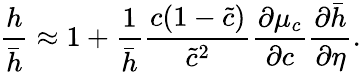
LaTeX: \frac{h}{\bar{h}}\approx 1+\frac{1}{\bar{h}}\frac{c(1-\tilde{c})}{\tilde{c}^{2}}\frac{\partial\mu_{c}}{\partial c}\frac{\partial\bar{h}}{\partial\eta}.